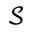
\mathcal { S }